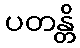
ပတန္တိ